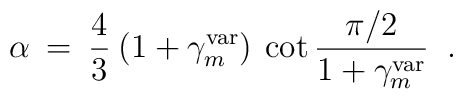
\alpha \>=\> {4 \over 3}\> (1 + \gamma_m^{\rm var}) \>\cot {\pi/2 \over 1 + \gamma_m^{\rm var}}\;\;.